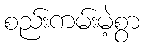
စည်းကမ်းမဲ့စွာ